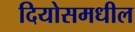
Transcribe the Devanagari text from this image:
दियोसमधील